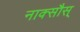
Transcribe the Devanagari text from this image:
नाक्सौस्